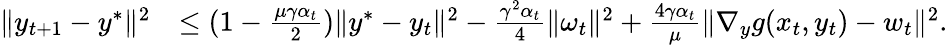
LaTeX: \begin{array}{rl}{\| y_{t+1}-y^{*}\| ^{2}}&{\leq(1-\frac{\mu\gamma\alpha_{t}}{2})\| y^{*}-y_{t}\| ^{2}-\frac{\gamma^{2}\alpha_{t}}{4}\| \omega_{t}\| ^{2}+\frac{4\gamma\alpha_{t}}{\mu}\| \nabla_{y}g(x_{t},y_{t})-w_{t}\| ^{2}.}\end{array}